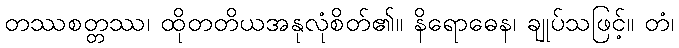
တဿစတ္တဿ၊ ထိုတတိယအနုလုံစိတ်၏။ နိရောဓေန၊ ချုပ်သဖြင့်။ တံ၊